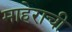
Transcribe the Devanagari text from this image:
माहेराची